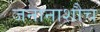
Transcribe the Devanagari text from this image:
जनानाशौच